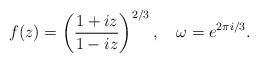
LaTeX: \begin{align*}f(z)=\left(\frac{1+ iz}{1-iz}\right)^{2/3},\quad\omega=e^{2\pi i/3} .\end{align*}